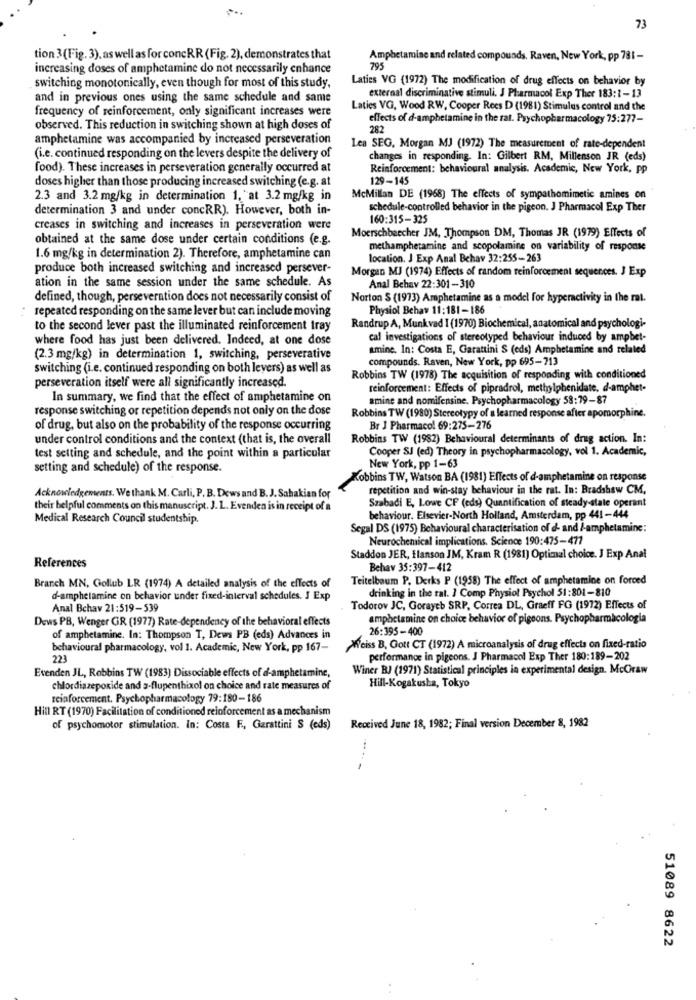
73
tion 3(Fig. 3), as well as for concRR (Fig. 2), demonstrates that
Amphetamine and related compounds. Raven, New York, pp 781 -
increasing doses of amphetamine do not necessarily enhance
795
Laties VG (1972) The modification of drug effects on behavior by
switching monotonically, even though for most of this study,
and in previous ones using the same schedule and same
external discriminative stimuli. J Pharmacol Exp Ther 183:1-13
frequency of reinforcement, only significant increases were
Laties VG, Wood RW, Cooper Rees D (1981) Stimulus control and the
effects of d-amphetamine in the rat. Psychopharmacology 75:277-
observed. This reduction in switching shown at high doses of
282
amphetamine was accompanied by increased perseveration
Lea SEG, Morgan MJ (1972) The measurement of rate-dependent
(i.e. continued responding on the levers despite the delivery of
changes in responding. In: Gilbert RM, Millenson JR (eds)
food). These increases in perseveration generally occurred at
Reinforcement: behavioural analysis. Academic, New York, pp
doses higher than those producing increased switching (e.g. at
129-145
2.3 and 3.2 mg/kg in determination 1, "at 3.2 mg/kg in
McMillan DE (1968) The effects of sympathomimetic amines on
determination 3 and under concRR). However, both in-
schedule-controlled behavior in the pigeon. J Pharmacol Exp Ther
160:315-325
creases in switching and increases in perseveration were
Moerschbeecher JM, Thompson DM, Thomas JR (1979) Effects of
obtained at the same dose under certain conditions (e.g.
methamphetamine and scopolamine on variability of response
1.6 mg/kg in determination 2). Therefore, amphetamine can
location. J Exp Anal Behav 32:255-263
produce both increased switching and increased persever-
Morgan MJ (1974) Effects of random reinforcement sequences. J Exp
ation in the same session under the same schedule. As
Anal Behav 22:301-310
defined, though, perseveration does not necessarily consist of
Norton $ (1973) Amphetamine as a model for hyperactivity in the rat.
repeated responding on the same lever but can include moving
Physiol Behav 11:181-186
to the second lever past the illuminated reinforcement tray
Randrup A, Munkvad I (1970) Biochemical, anatomical and psychologi-
where food has just been delivered. Indeed, at one dose
cal investigations of stereotyped behaviour induced by ampbet-
amine. In: Costa E, Garattini S (eds) Amphetamine and related
(2.3 mg/kg) in determination 1, switching, perseverative
compounds. Raven, New York, pp 695-713
switching (i.e. continued responding on both levers) as well as
Robbins TW (1978) The acquisition of responding with conditioned
perseveration itself were all significantly increased.
reinforcement: Effects of pipradrol, methylphenidate. d-amphet-
In summary, we find that the effect of amphetamine on
amine and nomifensine. Psychopharmacology 58:79-87
response switching or repetition depends not only on the dose
Robbins TW (1980) Stereotypy of a learned response after apomorphine.
of drug, but also on the probability of the response occurring
Br J Pharmaco! 69:275-276
under control conditions and the context (that is, the overall
Robbins TW (1982) Behavioural determinants of drug action. In:
Cooper SJ (ed) Theory in psychopharmacology, vol 1. Academic,
test setting and schedule, and the point within a particular
setting and schedule) of the response.
New York, pp 1-63
Kobbins TW, Watson BA (1981) Effects of d-amphetamine on response
repetition and win-stay behaviour in the rat. In: Bradshaw CM,
Acknowledgements. We thank M. Carli, P. B. Dews and B. J. Sahakian for
Szabadi E, Lowe CF (eds) Quantification of steady-state operant
their helpful comments on this manuscript. J. L. Evenden is in receipt of a
Medical Research Council studentship.
behaviour. Elsevier-North Holland, Amsterdam, pp 441 -444
Segal DS (1975) Behavioural characterisation of d- and /-amphetamine:
Neurochemical implications. Science 190:475-477
Staddon JER, flanson JM, Kram R (1981) Optimal choice. J Exp Anal
References
Behav 35:397-412
Branch MN, Gollub LR (1974) A detailed analysis of the effects of
Teitelbaum P. Derks P (1958) The effect of amphetamine on forced
drinking in the rat. I Comp Physiol Psychol 51:801-810
d-amphetamine on behavior under fixed-interval schedules. J Exp
Anal Bchav 21:519-539
Todorov JC, Gorayeb SRP, Correa DL, Graeff FG (1972) Effects of
Dews PB, Wenger GR (1977) Rate-dependency of the behavioral effects
amphetamine on choice behavior of pigeons. Psychopharmacologia
26:395-400
of amphetamine. In: Thompson T, Dews PB (eds) Advances in
behavioural pharmacology, vol 1. Academic, New York, pp 167-
Weiss B, Gott CT (1972) A microanalysis of drug effects on fixed-ratio
223
performance in pigeons. J Pharmacol Exp Ther 180:189-202
Evenden JL, Robbins TW (1983) Dissociable effects of d-amphetamine,
Winer BJ (1971) Statistical principles in experimental design. McCraw
chlordiazepoxide and a-flupenthixol on choice and rate measures of
Hill-Kogakusha, Tokyo
reinforcement. Psychopharmacology 79:180-186
Hin RT (1970) Facilitation of conditioned reinforcement as a mechanism
of psychomotor stimulation. In: Costa F ., Garattini S (eds)
Received June 18, 1982; Final version December 8, 1982
.....
51089 8622